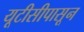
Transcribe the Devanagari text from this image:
यूटीसीपासून